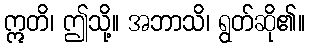
ဣတိ၊ ဤသို့။ အဘာသိ၊ ရွတ်ဆို၏။